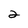
Character: 2